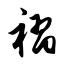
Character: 褶